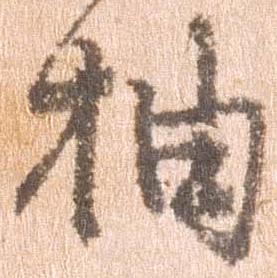
抽